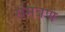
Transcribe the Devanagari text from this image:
संमत्रण